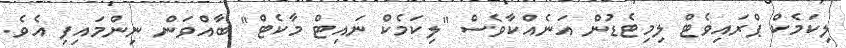
ލިކަމެކް ޕްރައިވެޓް ލިމިޓެޑުން އަނެއްކާވެސް "ލިކަމެކް ނައިޓް މާކެޓް" ބާއްވަން ނިންމައިފި އެވެ.